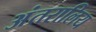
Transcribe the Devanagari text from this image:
अंतरालिय